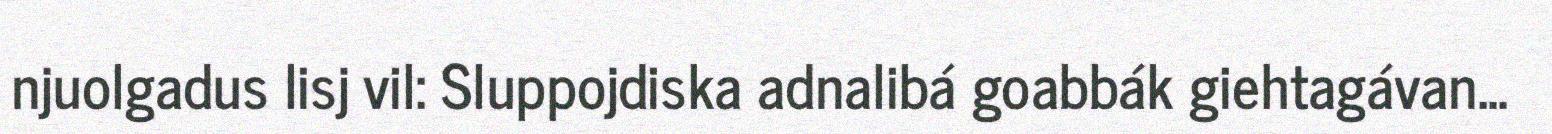
njuolgadus lisj vil: Sluppojdiska adnalibá goabbák giehtagávan...